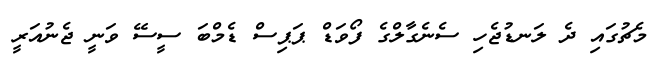
މެޗުގައި ދެ ލަނޑުޖެހި ސެނެގާލްގެ ފޯވަޑް ޕަޕިސް ޑެމްބަ ސީސޭ ވަނީ ޖެނުއަރީ